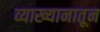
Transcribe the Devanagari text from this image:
व्याख्यानातून